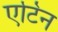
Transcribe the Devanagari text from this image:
एटिन